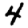
Digit: 4